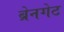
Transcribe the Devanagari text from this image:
ब्रेनगेट